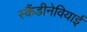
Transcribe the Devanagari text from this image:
स्कैंडीनेवियाई